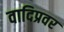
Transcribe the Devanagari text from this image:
वादिप्रवर